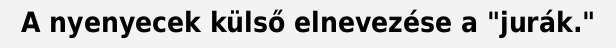
A nyenyecek külső elnevezése a "jurák."